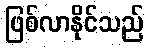
ဖြစ်လာနိုင်သည်